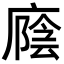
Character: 廕